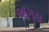
ભાગડા